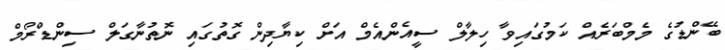
ބޭންޑުގެ މެމްބަރެއް ކަމުގައިވާ ހިލާލް ސީއެންއެމް އަށް ކިޔާދިން ގޮތުގައި ނޮތުނާގަލް ސިންޑްރޯމް